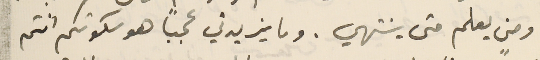
ومن يعلم متى ينتهي. وما يزيدني عجبًا هو سكوتكم انتم